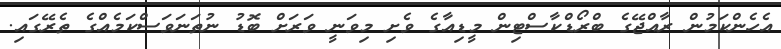
އެހެންކަމުން ރާއްޖޭގެ ބްރޯޑްކާސްޓިން މީޑިއާގެ ވެށި މިވަނީ ވަރަށް ބޮޑު ނުތަނަވަސްކަމެއްގެ ތެރޭގައި.